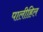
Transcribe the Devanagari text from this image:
पालीहिल